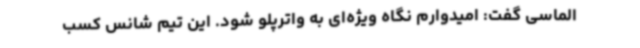
الماسی گفت: امیدوارم نگاه ویژه‌ای به واترپلو شود. این تیم شانس کسب